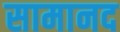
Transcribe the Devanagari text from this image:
सामानद